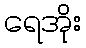
ရေအိုး